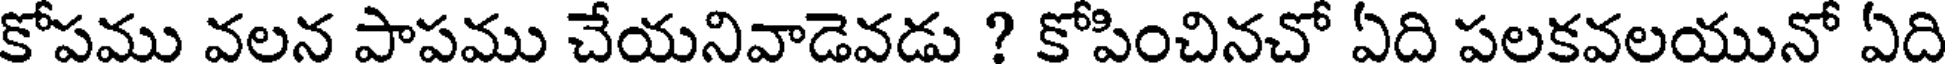
కోపము వలన పాపము చేయనివాడెవడు ? కోపించినచో ఏది పలకవలయునో ఏది